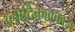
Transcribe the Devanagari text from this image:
व्लादिकावकाज़